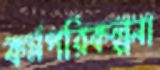
কর্মপরিকল্পনা